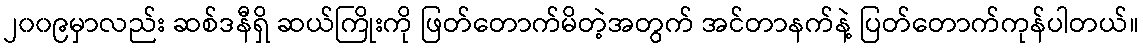
၂၀၀၉မှာလည်း ဆစ်ဒနီရှိ ဆယ်ကြိုးကို ဖြတ်တောက်မိတဲ့အတွက် အင်တာနက်နဲ့ ပြတ်တောက်ကုန်ပါတယ်။